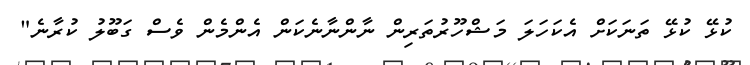
ކުޅޭ ކުޅޭ ތަނަކަށް އެކަހަލަ މަޝްހޫރުތަރިން ނާންނާނެކަން އެންމެން ވެސް ގަބޫލު ކުރާނެ"